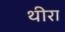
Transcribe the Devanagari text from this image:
थीरा